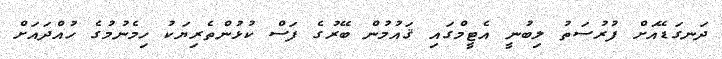
ދަނގަޑޭއަށް ފުރުސަތު ލިބުނީ އެޓީމްގައި ޤައުމުން ބޭރުގެ ފަސް ކުޅުންތެރިޔަކު ހިމެނުމުގެ ހުއްދައަށް